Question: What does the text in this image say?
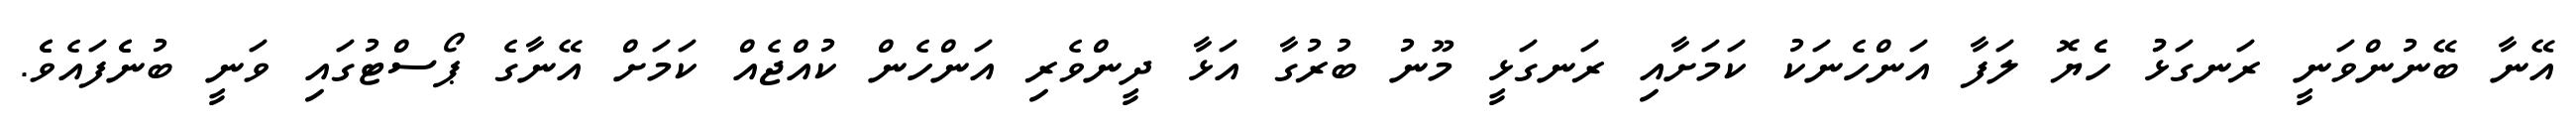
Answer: އޭނާ ބޭނުންވަނީ ރަނގަޅުު ހެެޔޮ ލަފާ އަންހެނަކު ކަމަށާއި ރަނގަޅީ މޫނު ބުރުގާ އަޅާ ދީންވެރި އަންހެން ކުއްޖެއް ކަމަށް އޭނާގެ ޕޯސްޓުގައި ވަނީ ބުނެެފައެވެެ.